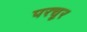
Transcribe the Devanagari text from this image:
परचूर